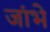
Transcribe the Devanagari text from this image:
जांभे